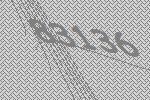
83136